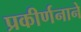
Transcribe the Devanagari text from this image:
प्रकीर्णनाने